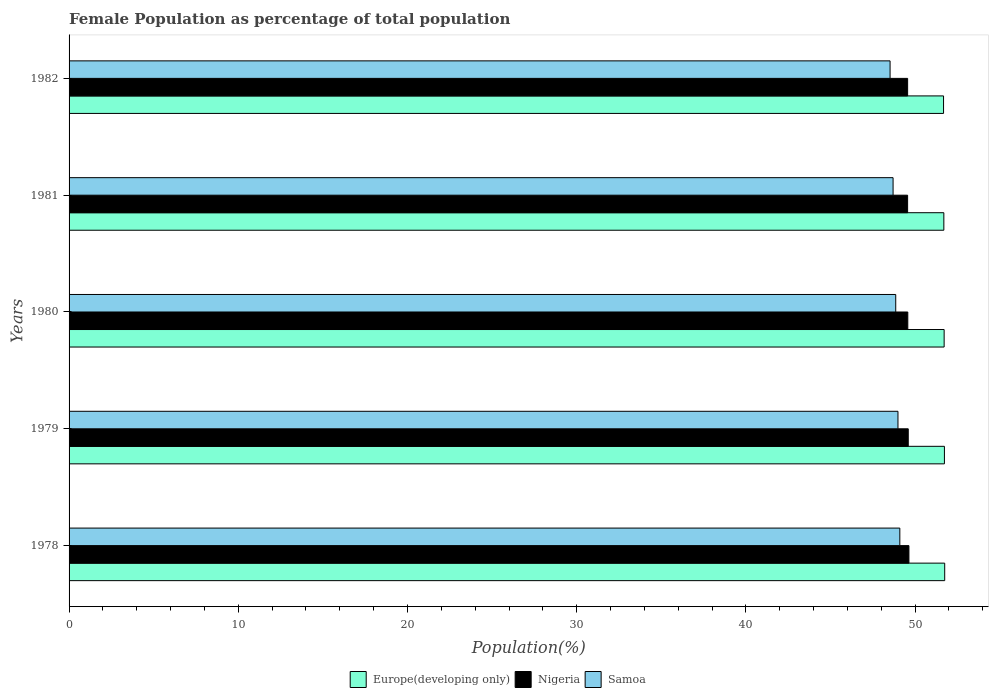
| Years | Europe(developing only) | Nigeria | Samoa |
 | --- | --- | --- | --- |
 | 1978 | 51.8 | 49.6 | 49.1 |
 | 1979 | 51.7 | 49.6 | 49 |
 | 1980 | 51.7 | 49.6 | 48.9 |
 | 1981 | 51.7 | 49.6 | 48.7 |
 | 1982 | 51.7 | 49.6 | 48.5 |